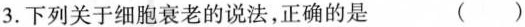
3.下列关于细胞衰老的说法，正确的是 ( )